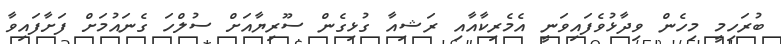
ބުރަހިމީ މިހެން ވިދާޅުވެފައިވަނީ އެމެރިކާއާއި ރަޝިއާ ގުޅިގެން ސޫރިޔާއަށް ސުލްހަ ގެނައުމަށް ފަށާފައިވާ